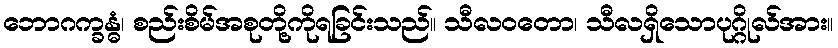
ဘောဂက္ခန္ဓံ၊ စည်းစိမ်အစုတို့ကိုရခြင်းသည်။ သီလဝတော၊ သီလရှိသောပုဂ္ဂိုလ်အား။